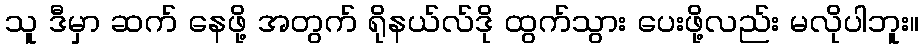
သူ ဒီမှာ ဆက် နေဖို့ အတွက် ရိုနယ်လ်ဒို ထွက်သွား ပေးဖို့လည်း မလိုပါဘူး။